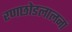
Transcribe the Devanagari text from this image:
रणछोडलालनां